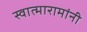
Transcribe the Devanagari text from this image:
स्वात्मारामांनी